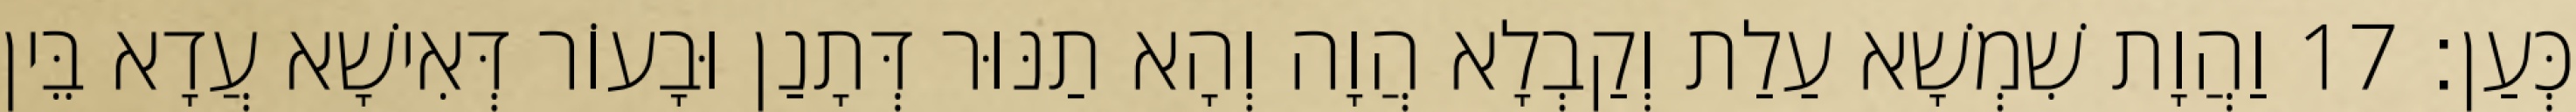
כְּעַן׃ 17 וַהֲוָת שִׁמְשָׁא עַלַת וְקַבְלָא הֲוָה וְהָא תַנּוּר דְּתָנַן וּבָעוֹר דְּאִישָׁא עֲדָא בֵּין